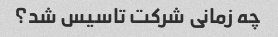
چه زمانی شرکت تاسیس شد؟